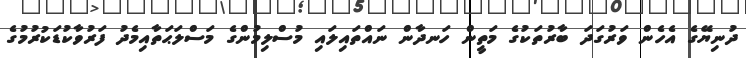
ދުނިޔޭގެ އެހެން ވަރުގަދަ ބާރުތަކުގެ މަތީން ހަނދާން ނައްތައިލައި މުސްލިމުންގެ މަސްލަޙަތާއިމެދު ފަރުވާކުޑަކުރުމުގެ